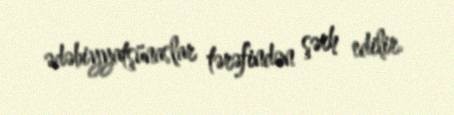
ədəbiyyatşünaslar tərəfindən şərh edilir.